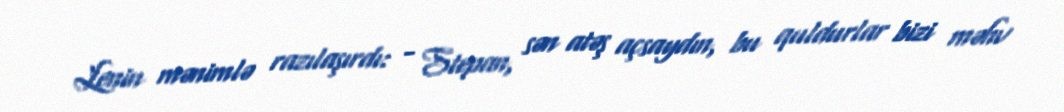
Lenin mənimlə razılaşırdı: - Stepan, sən atəş açsaydın, bu quldurlar bizi məhv